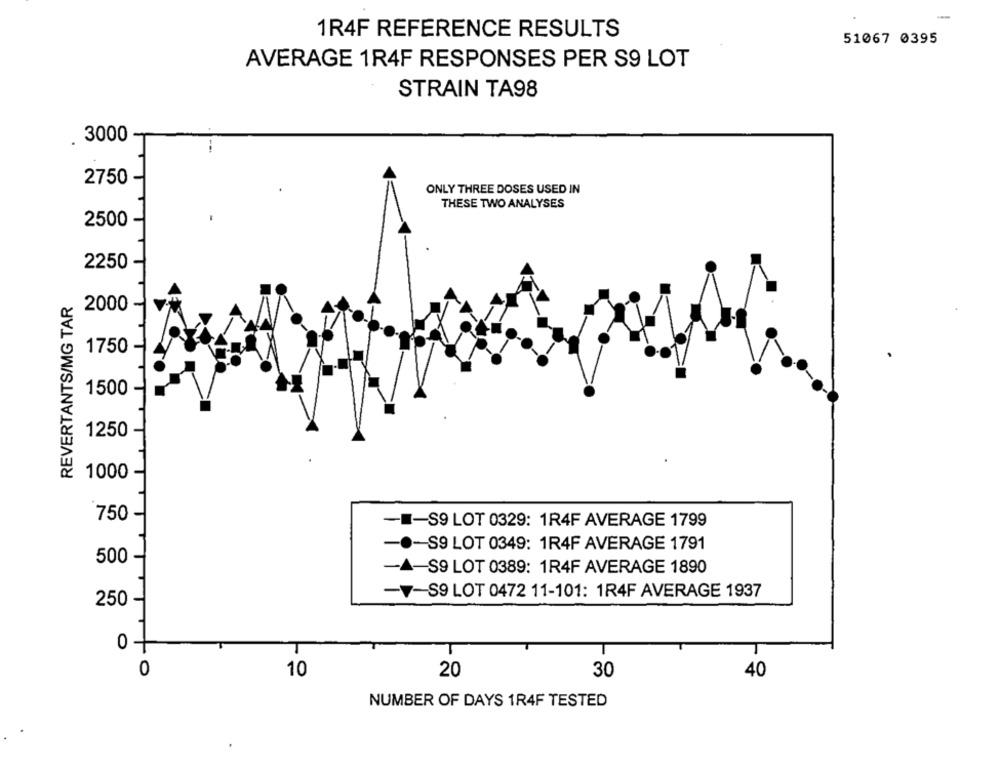
-
1R4F REFERENCE RESULTS
51067 0395
AVERAGE 1R4F RESPONSES PER S9 LOT
STRAIN TA98
3000
2750
ONLY THREE DOSES USED IN
THESE TWO ANALYSES
2500
2250
REVERTANTS/MG TAR
2000
1750
1500
1250
1000
750
-S9 LOT 0329: 1R4F AVERAGE 1799
-S9 LOT 0349: 1R4F AVERAGE 1791
500
-S9 LOT 0389: 1R4F AVERAGE 1890
V-S9 LOT 0472 11-101: 1R4F AVERAGE 1937
250
0 -
0
10
30
20
40
NUMBER OF DAYS 1R4F TESTED